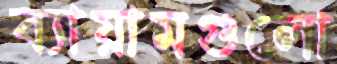
ব্যায়ামগুলো